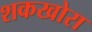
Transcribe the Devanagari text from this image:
शकखोरा